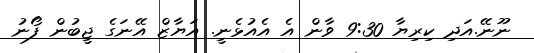
ނޫނޭ.އަދި ކިރިޔާ 9:30 ވާން އެ އެއުޅެނީ. އަޔާޒް އޭނަގެ ޖީބުން ފޯނު